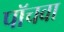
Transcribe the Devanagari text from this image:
पॉचवा